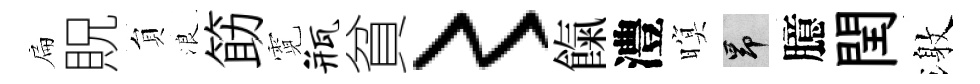
扁貺貟浪筯霓瓶貧〻餼澧暝昂臆閏激